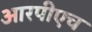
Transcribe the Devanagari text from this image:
आरपीएच